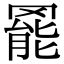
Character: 𮊓